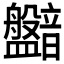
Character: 𥃛